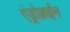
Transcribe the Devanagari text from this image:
एंड्रोक्रईन